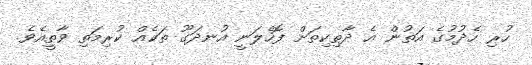
ހުރި ހެދުމުގެ އަތުން އެ ދާތިކިތަށް ފޮހެލަނީ އުނދަގޫ ތަކެއް ކުރިމަތި ވާތީއެވެ.